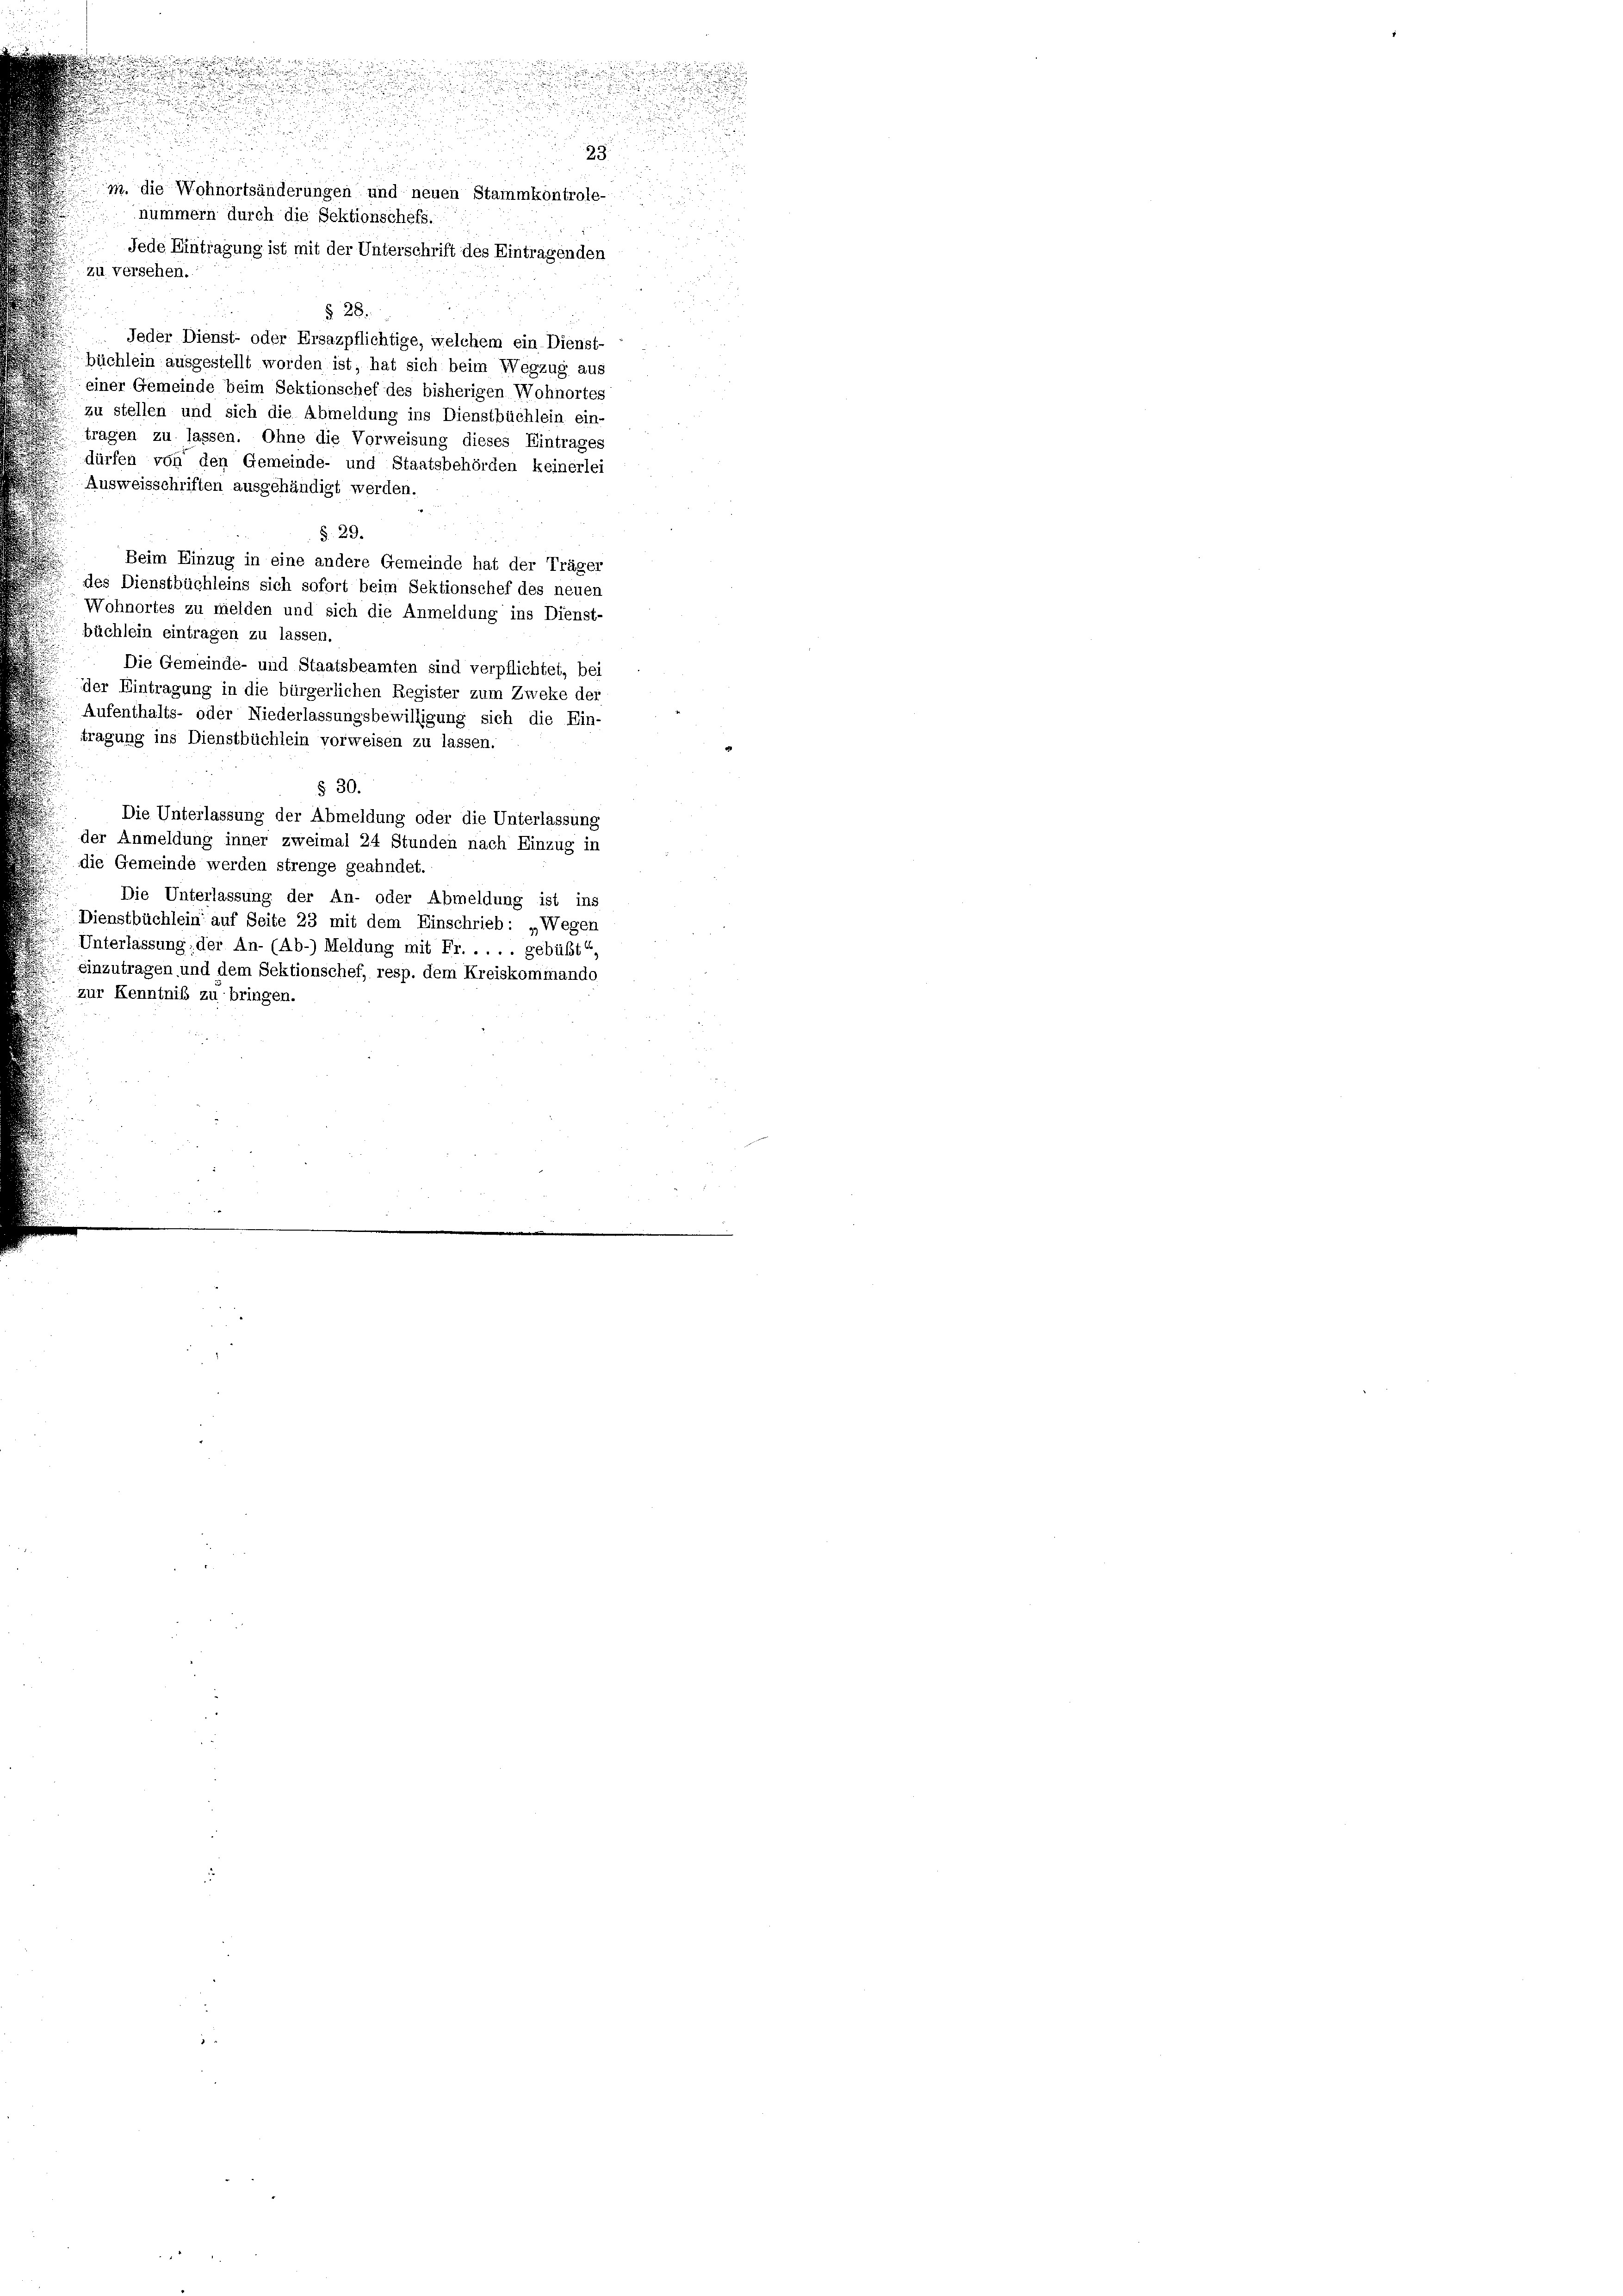
m. die Wohnortsänderungen und neuen Stammkontrole-
nummern durch die Sektionschefs.
Jede Eintragung ist mit der Unterschrift des Eintragenden
zu versehen.
§ 28.
Jeder Dienst- oder Ersazpflichtige, welchem ein Dienst-
büchlein ausgestellt worden ist, hat sich beim Wegzug aus
einer Gemeinde beim Sektionschef des bisherigen Wohnortes
zu stellen und sich die Abmeldung ins Dienstbüchlein ein-
tragen zu lassen. Ohne die Vorweisung dieses Eintrages
dürfen von den Gemeinde- und Staatsbehörden keinerlei
Ausweisschriften ausgehändigt werden.
§. 29.
Beim Einzug in eine andere Gemeinde hat der Träger
des Dienstbüchleins sich sofort beim Sektionschef des neuen
Wohnortes zu melden und sich die Anmeldung ins Dienst-
büchlein eintragen zu lassen.
Die Gemeinde- und Staatsbeamten sind verpflichtet, bei
der Eintragung in die bürgerlichen Register zum Zweke der
Aufenthalts- oder Niederlassungsbewilligung sich die Ein-
tragung ins Dienstbüchlein vorweisen zu lassen.
§ 30.
Die Unterlassung der Abmeldung oder die Unterlassung
 der Anmeldung inner zweimal 24 Stunden nach Einzug in
die Gemeinde werden strenge geahndet.
Die Unterlassung der An- oder Abmeldung ist ins
Dienstbüchlein auf Seite 23 mit dem Einschrieb: „Wegen
Unterlassung: der An- (Ab-) Meldung mit Fr. . . . . gebüßt,
sinzutragen und dem Sektionschef, resp. dem Kreiskommando
zur Kenntniß zu bringen.

2

.

u
u
.

.

23.